Report on vaccination in the Province of Bengal - 1874-1889
Year: 1874
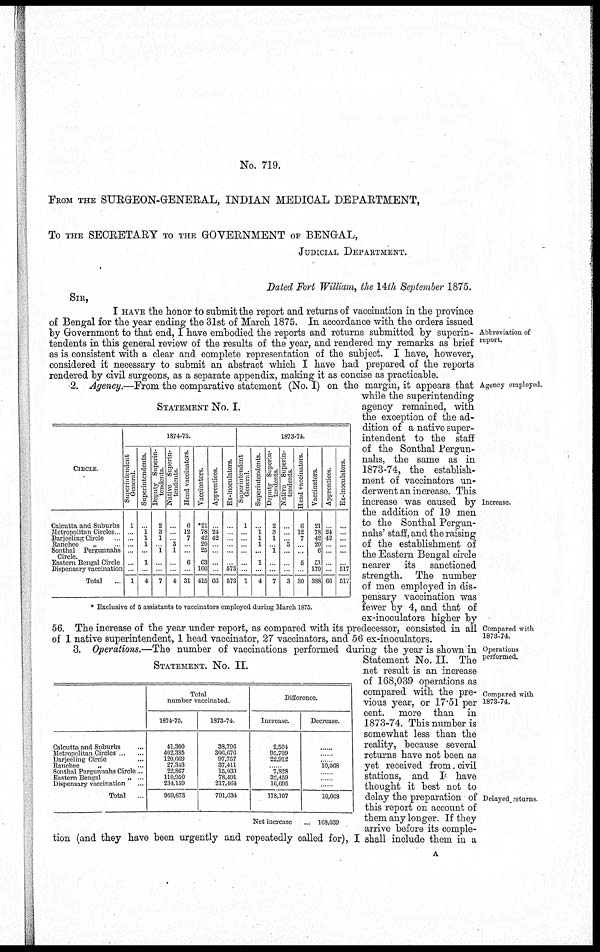
No. 719.
FROM THE SURGEON-GENERAL, INDIAN MEDICAL DEPARTMENT,
To THE SECRETARY TO THE GOVERNMENT OF BENGAL,
JUDICIAL DEPARTMENT.
Dated Fort William, the 14th September 1875.
SIR,
Abbreviation of
report.
I HAVE the honor to submit the report and returns of vaccination in the province
of Bengal for the year ending the 31st of March 1875. In accordance with the orders issued
by Government to that end, I have embodied the reports and returns submitted by superin-
tendents in this general review of the results of the year, and rendered my remarks as brief
as is consistent with a clear and complete representation of the subject. I have, however,
considered it necessary to submit an abstract which I have had prepared of the reports
rendered by civil surgeons, as a separate appendix, making it as concise as practicable.
Agency employed.
Increase.
STATEMENT No. I.
CIRCLE.
Culcutta and Suburbs
Metropolitan Circles ...
Darheeling Circle ...
Ranchee
„ ...
Sonthal Pergunnahs
Circle.
Eastern Bengal Circle
Dispensary vaccination
Total ...
1874-75.
Superintendent
General
1
...
...
...
...
...
...
1
Superintendents.
...
1
1
1
...
1
...
4
Deputy Superin-
tendents
2
3
1
... 1
...
...
7
Native Superin-
tendents
...
...
... 3
1
...
...
4
Head vaccinators.
6
12
7
...
...
6
...
31
Vaccinators.
*21
78
42
20
25
63
166
415
Apprentices.
...
24
42
...
...
...
...
66
Ex-inoculators.
...
...
...
...
...
... 573
573
1873-74.
Superintendent
General
1
... ...
...
...
...
...
1
Superintendents.
...
1
1
1
...
1
...
4
Deputy Superin-
tendents
2
3
1
... 1
...
...
7
Native Superin-
tendents
...
...
... 3
...
...
...
3
Head vaccinators.
6
12
7
...
...
5
...
30
Vaccinators.
21
78
42
20
6
51
170
388
Apprentices.
...
24
42
...
...
...
...
66
Ex-inoculators.
...
...
...
...
...
... 517
517
* Exclusive of 5 assistants to vaccinators employed during March 1875.
2. Agency.—From the comparative statement (No. I) on the margin, it appears that
while the superintending
agency remained, with
the exception of the ad-
dition of a native super-
intendent to the staff
of the Sonthal Pergun¬
nahs, the same as in
1873-74, the establish-
ment of vaccinators un-
derwent an increase. This
increase was caused by
the addition of 19 men
to the Sonthal Pergun¬
nahs' staff, and the raising
of the establishment of
the Eastern Bengal circle
nearer its
sanctioned
strength. The number
of men employed in dis-
pensary vaccination was
fewer by 4, and that of
ex-inoculators higher by
Compared with
1873-74.
56. The increase of the year under report, as compared with its predecessor, consisted in all
of 1 native superintendent, 1 head vaccinator, 27 vaccinators, and 56 ex-inoculators.
Operations
performed.
Compared with
1873-74.
Delayed returns
STATEMENT. No. II.
Calcutta and Suburbs ...
Metropolitan Circles ... ...
Darjeeling Circle ...
Ranchee
„ ...
Sonthal Pergunnahs Circle...
Eastern Bengal „ ...
Dispensary vaccination ...
Total ...
Total
number vaccinated.
1874-75.
41,300
402,385
120,669
27,343
22,867
110,950
234,159
959,673
1873-74.
38,796
306,676
97,757
37,411
15,039
78,419
217,464
791,634
Difference.
Increase.
2,504
95,709
22,912
......
7,828
32,459
16,695
178,107
Decrease.
......
......
...... 10,068
......
...... ......
10,068
Net increase ...
168,039
3. Operations.—The number of vaccinations performed during the year is shown in
Statement No. II. The
net result is an increase
of 168,039 operations as
compared with the pre-
vious year, or 17.51 per
cent. more than in
1873-74. This number is
somewhat less than the
reality, because several
returns have not been as
yet received from civil
stations, and I have
thought it best not to
delay the preparation of
this report on account of
them any longer. If they
arrive before its comple-
tion (and they have been urgently and repeatedly called for), I shall include them in a
A